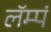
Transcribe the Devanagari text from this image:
लॅम्पं